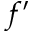
f ^ { \prime }